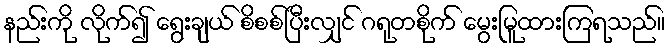
နည်းကို လိုက်၍ ရွေးချယ် စိစစ်ပြီးလျှင် ဂရုတစိုက် မွေးမြူထားကြရသည်။